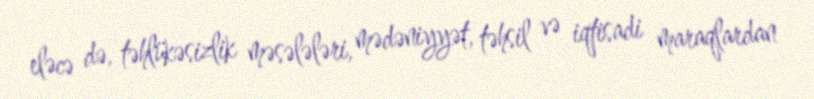
eləcə də, təhlükəsizlik məsələləri, mədəniyyət, təhsil və iqtisadi maraqlardan